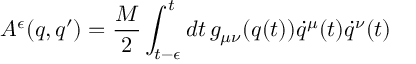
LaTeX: { \cal A } ^ { \epsilon } ( q , q ^ { \prime } ) = \frac { M } { 2 } \int _ { t - \epsilon } ^ { t } d t \, g _ { \mu \nu } ( q ( t ) ) \dot { q } ^ { \mu } ( t ) \dot { q } ^ { \nu } ( t )